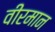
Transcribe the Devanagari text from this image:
वीरमान